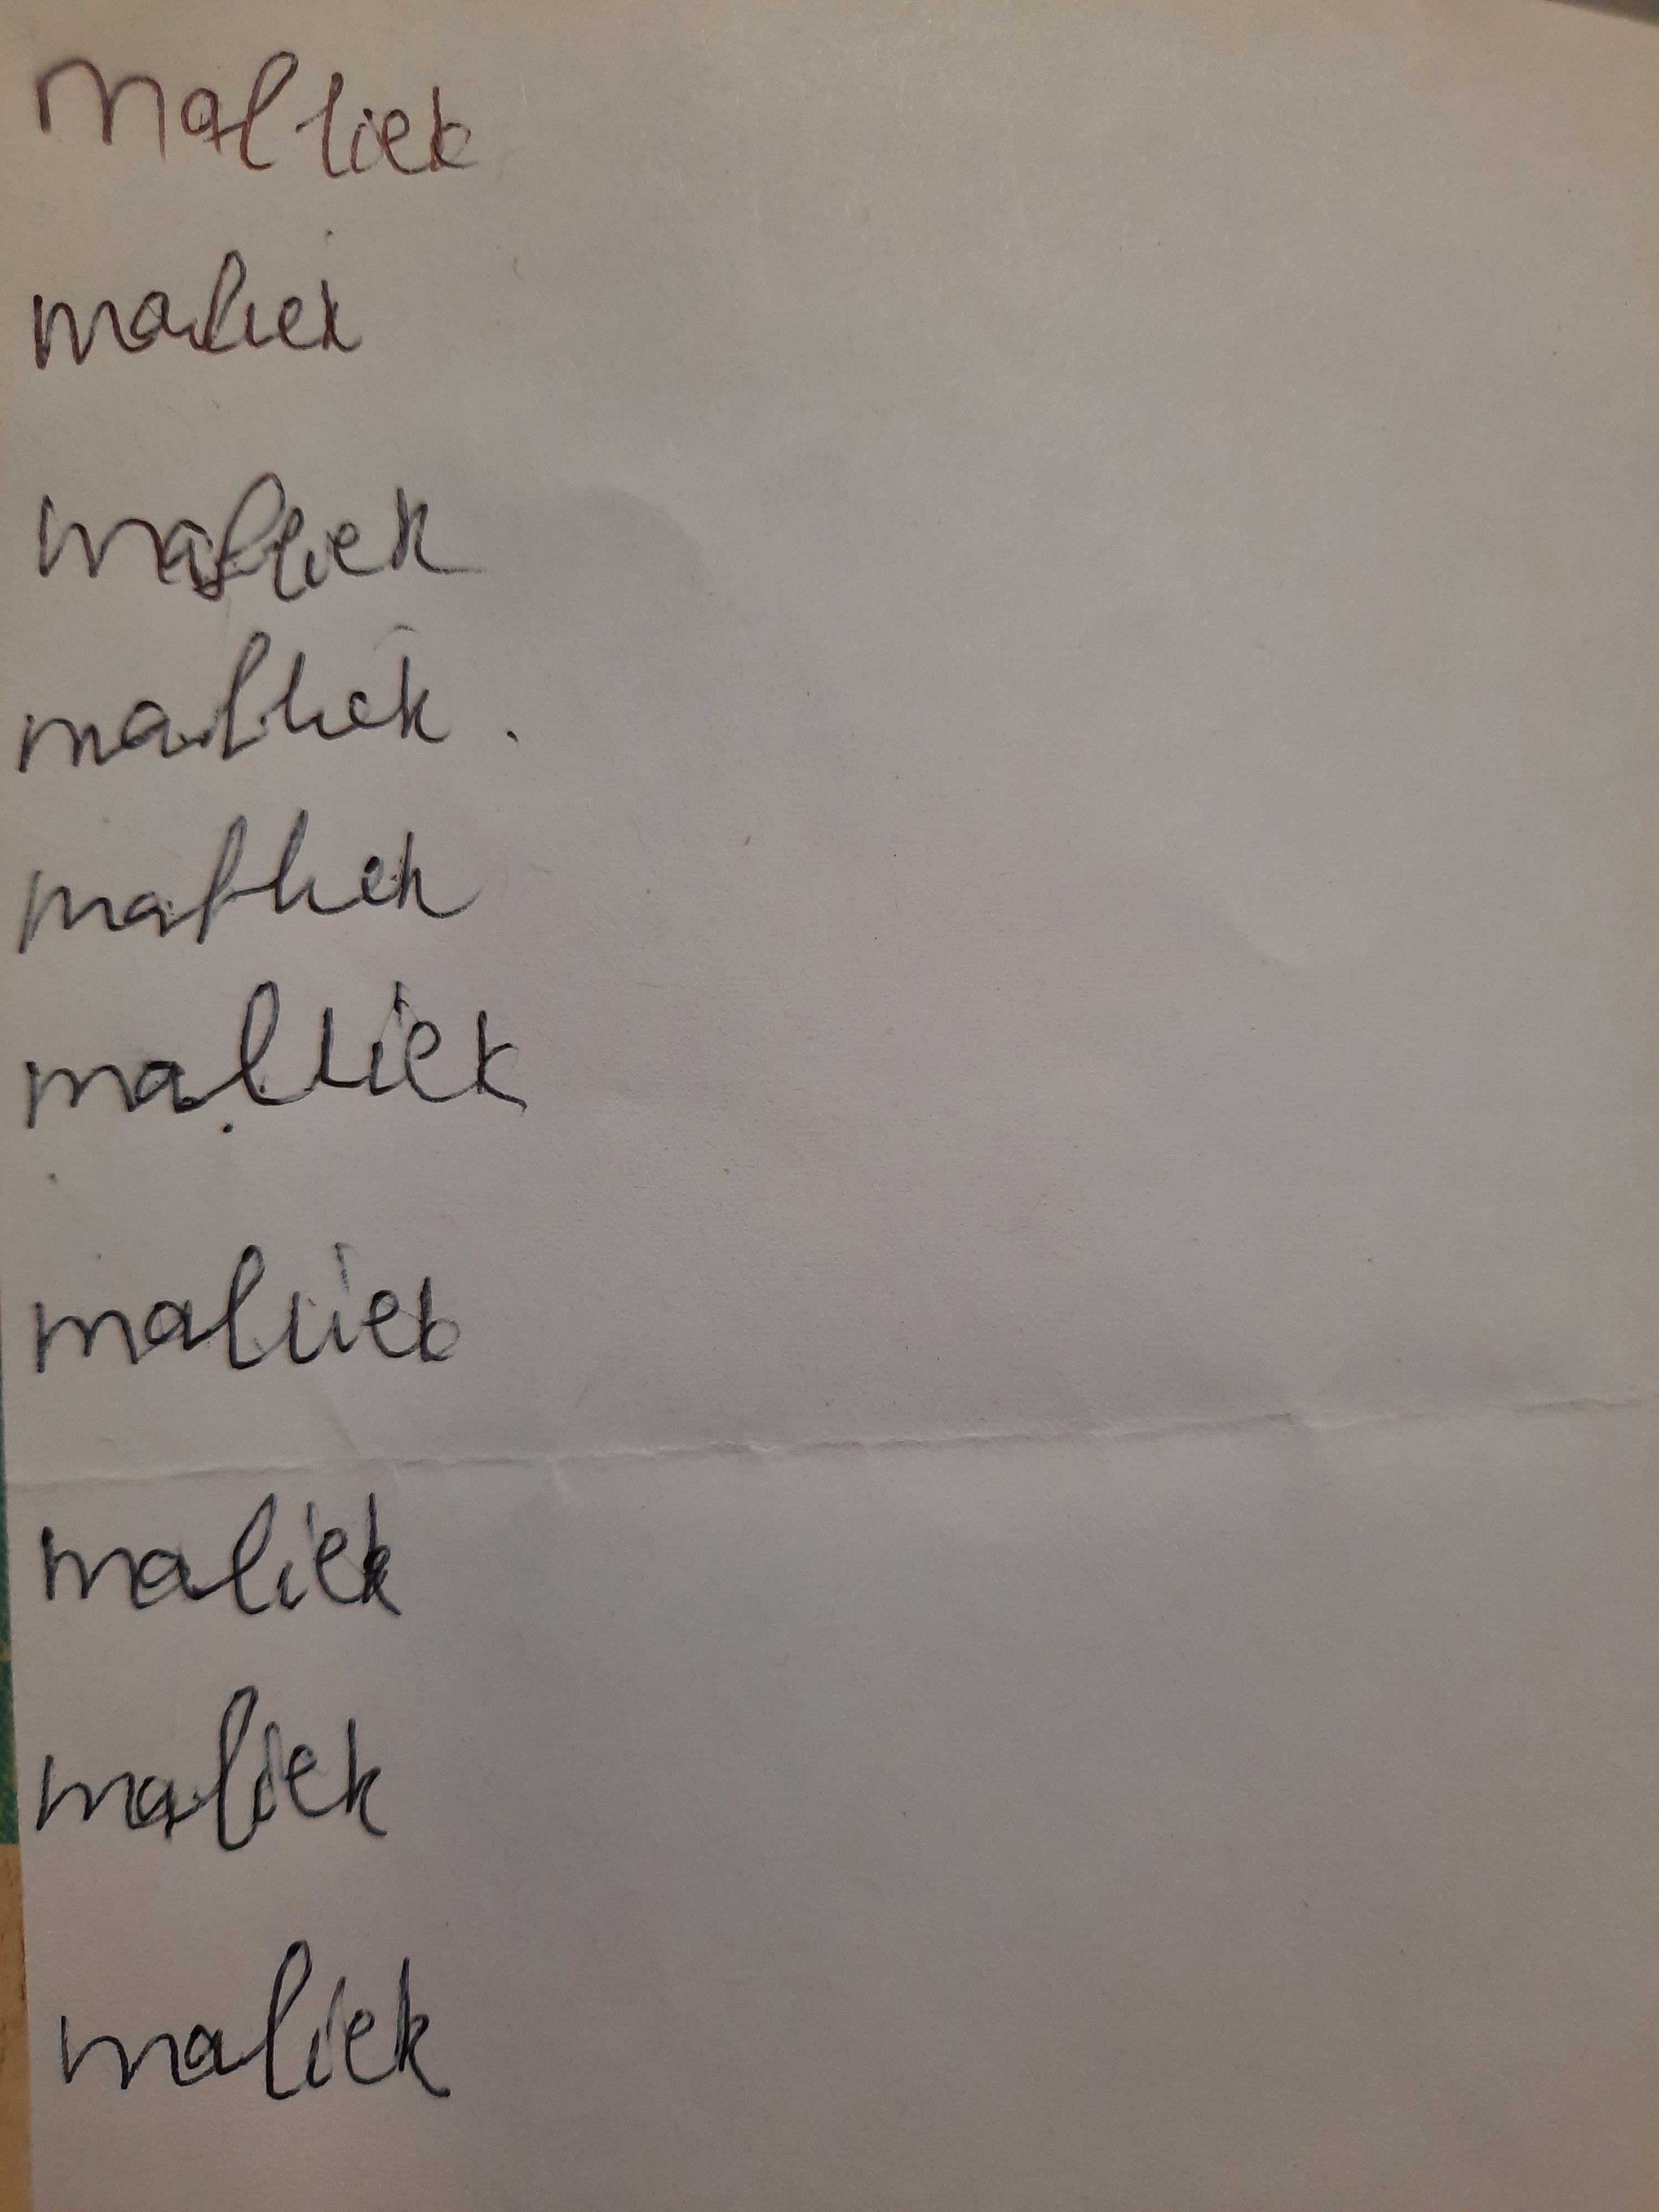
Signature authenticity: forged